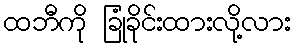
ထဘီကို ခြုံခိုင်းထားလို့လား